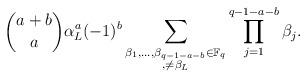
LaTeX: \begin{align*} \binom{a+b}{a}\alpha_L^a(-1)^b\sum_{\substack{\beta_1,\dots,\beta_{q-1-a-b}\in\mathbb{F}_q\\ , \neq \beta_L}}^{} \prod_{j=1}^{q-1-a-b} \beta_j . \end{align*}